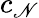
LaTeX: c_{\mathscr{N}}